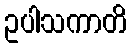
ဥပါသကာတိ